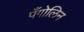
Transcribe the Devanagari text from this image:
पँगोलिन